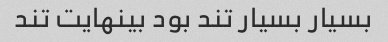
بسیار بسیار تند بود بینهایت تند